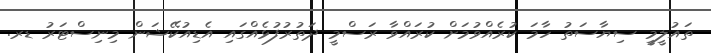
ތައުލީމީ ސިޔާސަތު ހާމަ ކުރެއްވުމަށް ކުރައްވާ ރަސްމީ ދަތުރުފުޅެއްގައި އެޑިއުކޭޝަން މިނިސްޓަރު ޑރ.